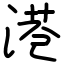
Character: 港